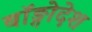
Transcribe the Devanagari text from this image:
बॉङ्गोदेश